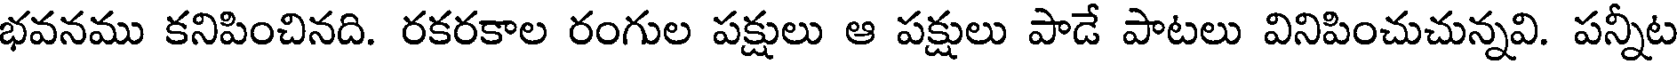
భవనము కనిపించినది. రకరకాల రంగుల పక్షులు ఆ పక్షులు పాడే పాటలు వినిపించుచున్నవి. పన్నీట